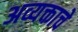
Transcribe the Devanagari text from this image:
अव्यक्ताचे